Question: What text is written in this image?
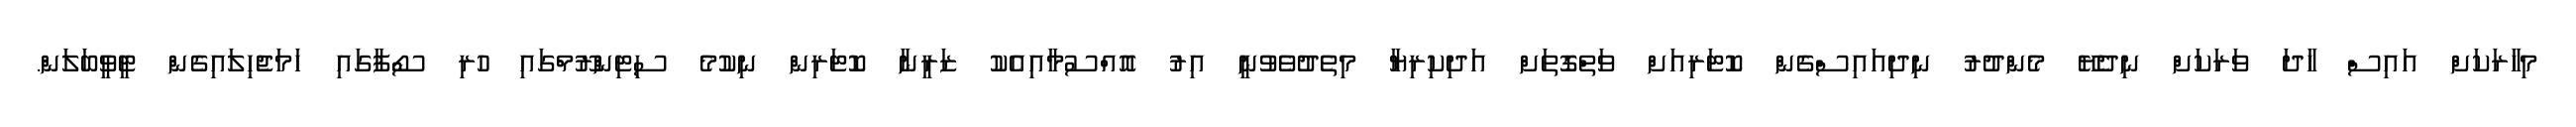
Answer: މިހާރަކަށް އައިސް ހާދަ ވަރަކަށް ނިދެޔޭ މެންދުރު ނިދިއައިސްގެން ކޮޓަރިއަށް ވަތްގޮތަށް އަދިކިރިޔާ މިތެދުވެވުނީ އިރު އޮއްސުމާއިއެކު ޒަރީނާ ކޮޓަރިން ނިކުމެ ސިޓިންރޫމްގައި ހުރި ސޯފާގައި ހަމަޖެހިލައިގެން ޓީވީބަލަން.